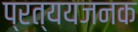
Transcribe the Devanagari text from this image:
प्रत्ययजनक